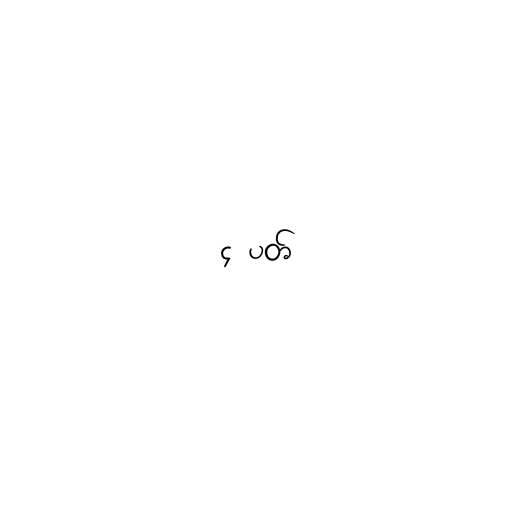
၄ ပတ်